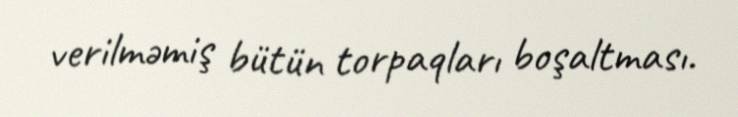
verilməmiş bütün torpaqları boşaltması.